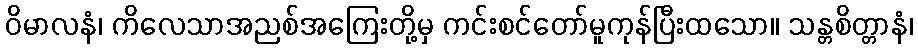
ဝိမာလနံ၊ ကိလေသာအညစ်အကြေးတို့မှ ကင်းစင်တော်မူကုန်ပြီးထသော။ သန္တစိတ္တာနံ၊